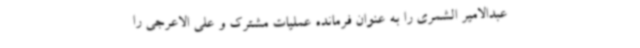
عبدالامیر الشمری را به عنوان فرمانده عملیات مشترک و علی الاعرجی را